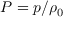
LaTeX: P = p / \rho _ { 0 }